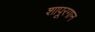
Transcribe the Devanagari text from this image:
शापूरगान